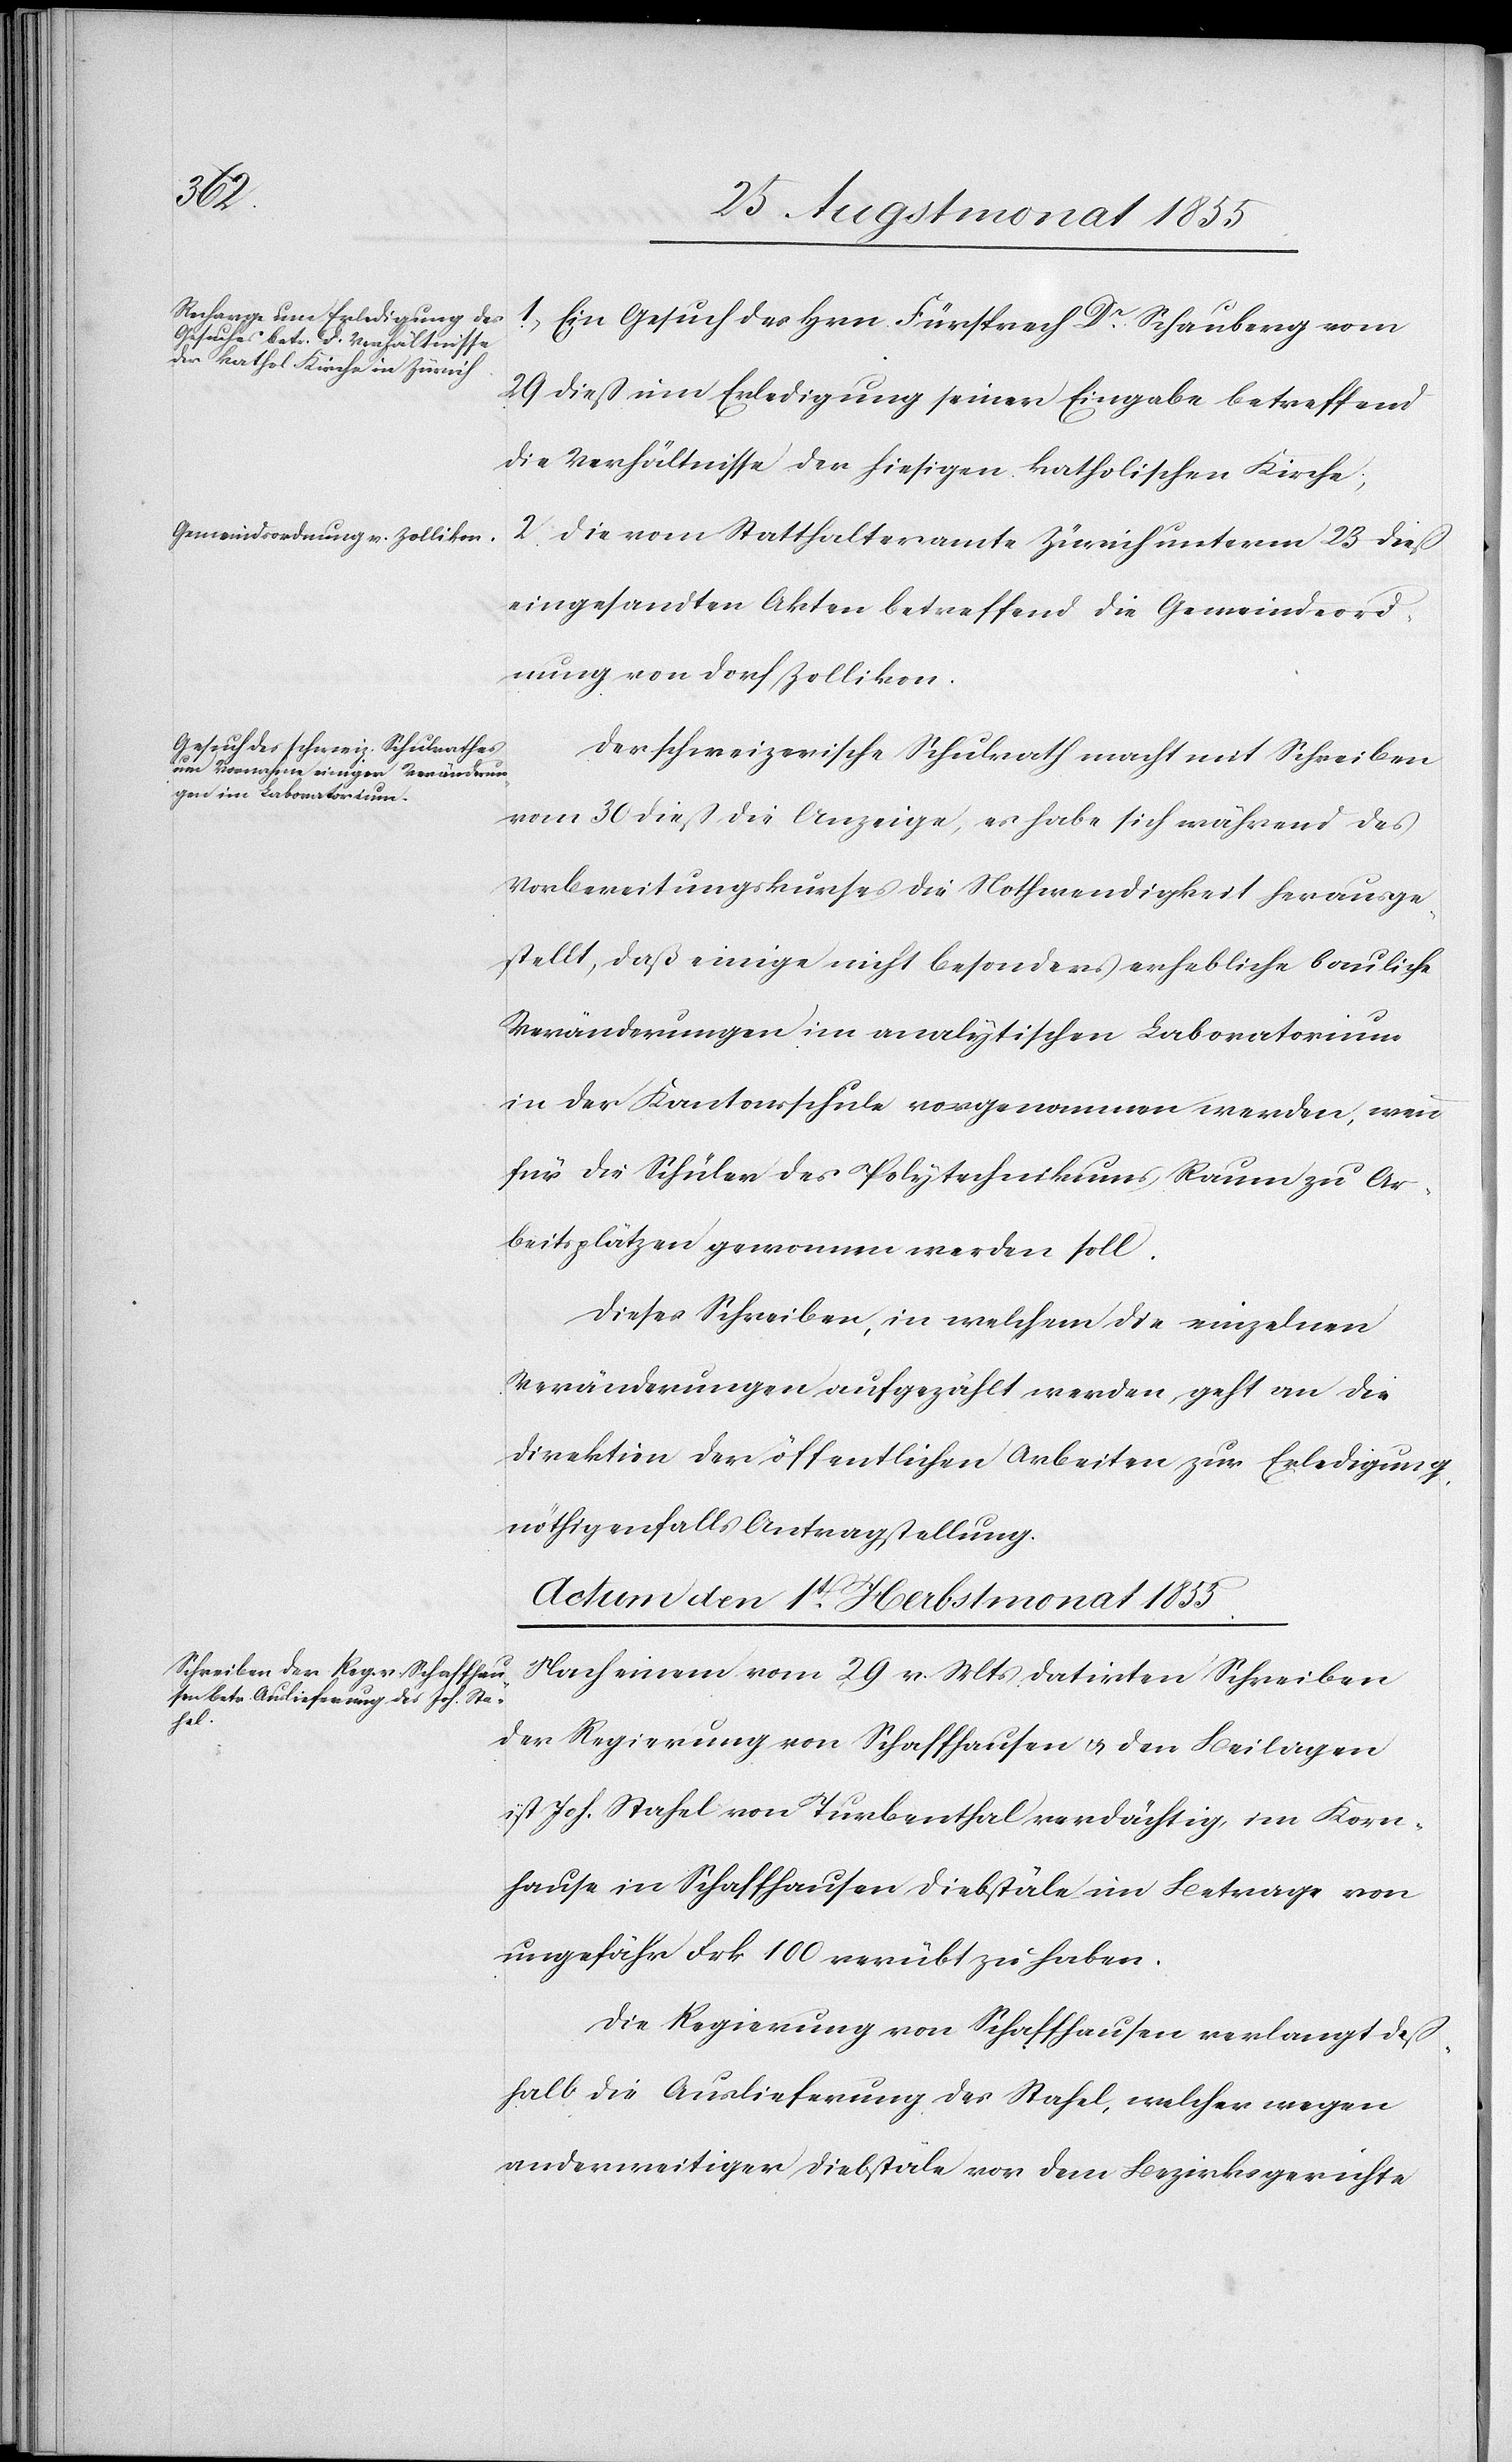
den

30st Augstmonat 1855.]
1, Ein Gesuch des Hrn. Fürsprech Dr. Schauberg vom
29 dieß um Erledigung seiner Eingabe betreffend
die Verhältnisse der hiesigen katholischen Kirche;
2. Die vom Statthalteramte Zürich unterm 23 dieß
eingesandten Akten betreffend die Gemeindeord¬
nung von Dorf Zollikon.
Der schweizerische Schulrath macht mit Schreiben
vom 30 dieß die Anzeige, es habe sich während des
Vorbereitungskurses die Nothwendigkeit herausge¬
stellt, daß einige nicht besonders erhebliche bauliche
Veränderungen im analytischen Laboratorium
in der Kantonsschule vorgenommen werden, wenn
für die Schüler des Polytechnikums Raum zu Ar¬
beitsplätzen gewonnen werden soll.
Dieses Schreiben, in welchem die einzelnen
Veränderungen aufgezählt werden, geht an die
Direktion der öffentlichen Arbeiten zur Erledigung,
nöthigenfalls Antragstellung.
Actum den 1t. Herbstmonat 1855.
Nach einem vom 29 v. Mts datirten Schreiben
der Regierung von Schaffhausen & den Beilagen
ist Joh. Stahel von Turbenthal verdächtig, im Korn¬
hause in Schaffhausen Diebstäle im Betrage von
ungefähr Frk 100 verübt zu haben.
Die Regierung von Schaffhausen verlangt deß¬
halb die Auslieferung des Stahel, welcher wegen
anderweitiger Diebstäle vor dem Bezirksgerichte